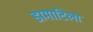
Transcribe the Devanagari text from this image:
डामाटिला